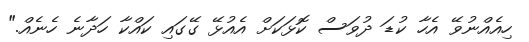
ހިއެއްނުވޭ އެހާ ކުޑަ ދުވަސް ކޮޅަކަށް އެއުޅޭ ގޭގައި ކައްކާ ހަދާނެ ހެނެއް."